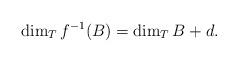
LaTeX: \begin{align*}\dim_T f^{-1}(B) = \dim_T B + d.\end{align*}